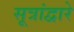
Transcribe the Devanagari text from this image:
सूत्रांद्वारे